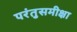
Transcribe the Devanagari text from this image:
परंतुसमीक्षा